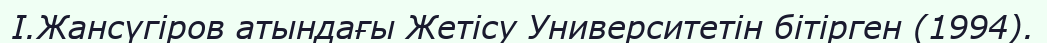
І.Жансүгіров атындағы Жетісу Университетін бітірген (1994).